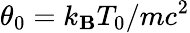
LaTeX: \theta_{0}=k_{\mathbf{B}}T_{0}/mc^{2}